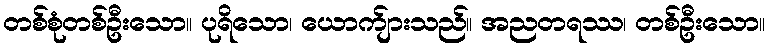
တစ်စုံတစ်ဦးသော။ ပုရိသော၊ ယောက်ျားသည်။ အညတရဿ၊ တစ်ဦးသော။